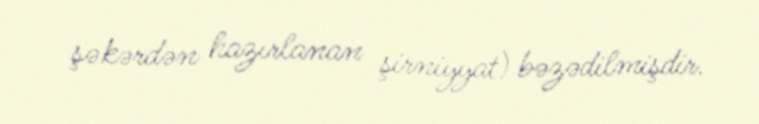
şəkərdən hazırlanan şirniyyat) bəzədilmişdir.